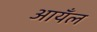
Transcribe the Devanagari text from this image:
आयँल